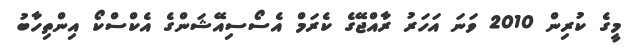
މީގެ ކުރިން 2010 ވަނަ އަހަރު ރާއްޖޭގެ ކެރަމް އެސޯސިއޭޝަންގެ އެކްސްކޯ އިންތިހާބު